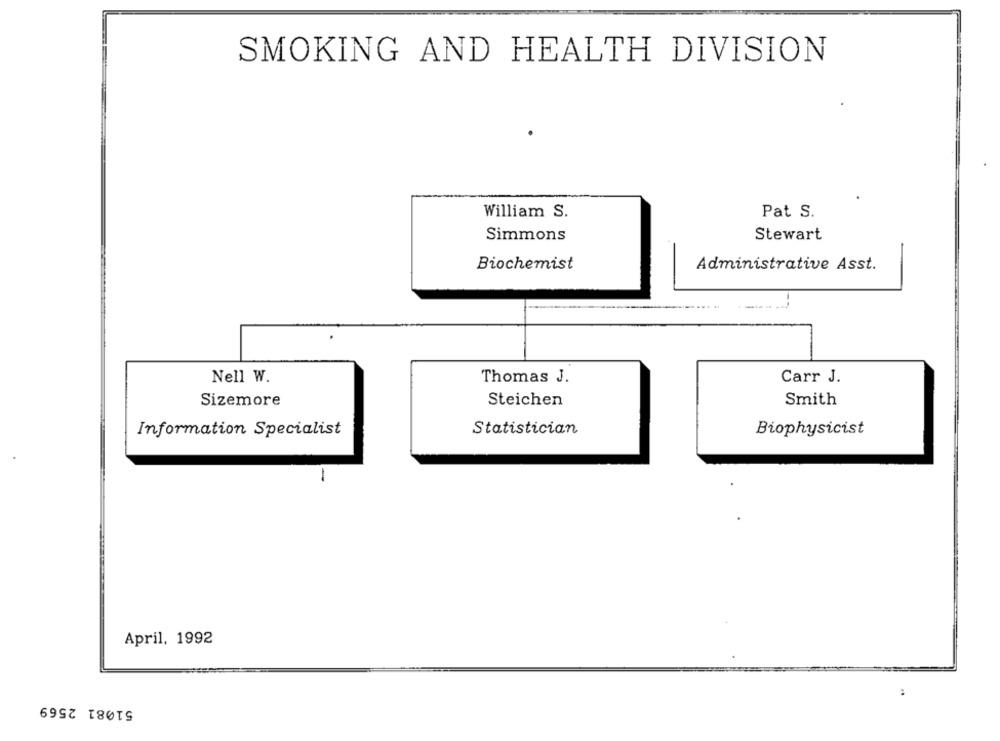
SMOKING AND HEALTH DIVISION
William S.
Pat S.
Simmons
Stewart
Biochemist
Administrative Asst.
Nell W.
Thomas J.
Carr J.
Smith
Sizemore
Steichen
Statistician
Information Specialist
Biophysicist
-
April, 1992
51081 2569